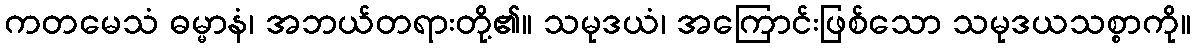
ကတမေသံ ဓမ္မာနံ၊ အဘယ်တရားတို့၏။ သမုဒယံ၊ အကြောင်းဖြစ်သော သမုဒယသစ္စာကို။